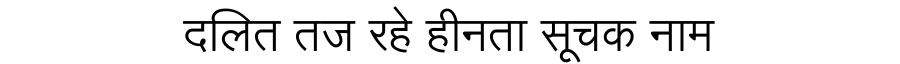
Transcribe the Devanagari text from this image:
दलित तज रहे हीनता सूचक नाम